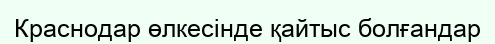
Краснодар өлкесінде қайтыс болғандар